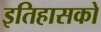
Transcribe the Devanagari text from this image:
इतिहासको